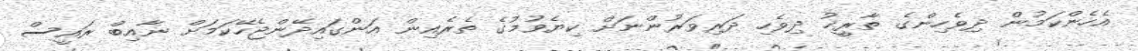
އެހެންކަމުން ދިވެހިންގެ ތާރީޚު ދިވެހި ދަރިވަރުންނަށް ކިޔެވުމުގެ ތެރެއިން އަންގައިދޭންޖެހޭކަމަށް ނާއިބް ރައީސް